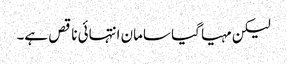
لیکن مہیا گیا سامان انتہائی ناقص ہے۔